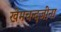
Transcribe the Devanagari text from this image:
खेमचन्दजींना